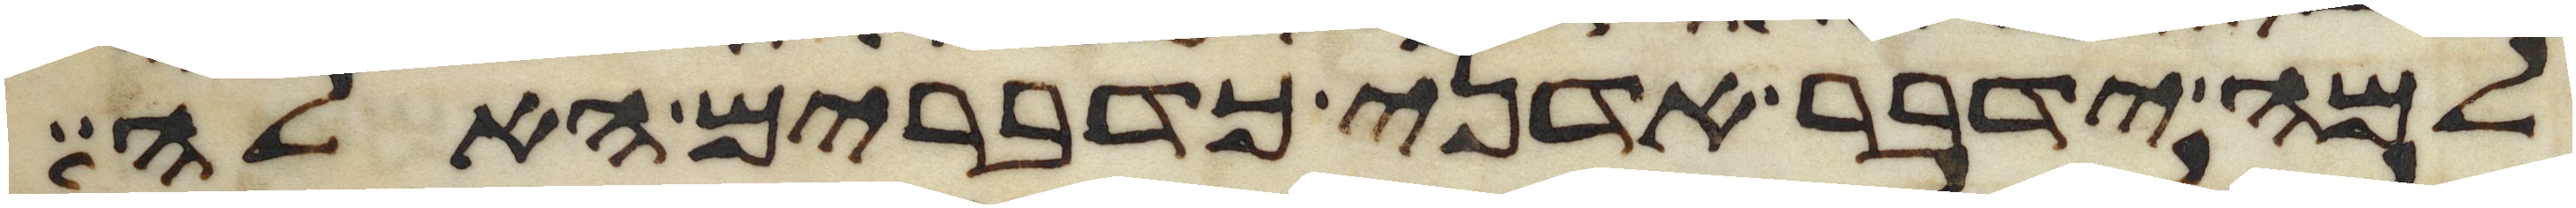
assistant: למה ידבר אדני כדברים האלה